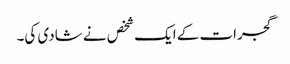
گجرات کے ایک شخص نے شادی کی۔